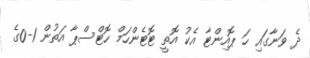
ދެ ވަނާގައި ހަ ޕޮއިންޓާ އެކު އޮތީ ޓޮޓެންހަމް ހޮޓްސްޕާ އަތުން 1-0ގެ